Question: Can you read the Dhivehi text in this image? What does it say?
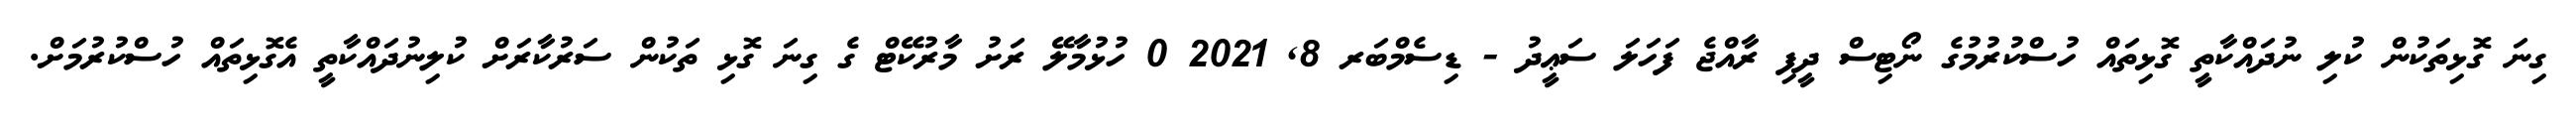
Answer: ގިނަ ގޮޅިތަކުން ކުލި ނުދައްކާތީ ގޮޅިތައް ހުސްކުރުމުގެ ނޯޓިސް ދީފި ރާއްޖެ ފަހަލަ ސަޢީދު - ޑިސެމްބަރ 8, 2021 0 ހުޅުމާލޭ ރަށު މާރުކޭޓް ގެ ގިނަ ގޮޅި ތަކުން ސަރުކާރަށް ކުލިނުދައްކާތީ އެގޮޅިތައް ހުސްކުރުމަށް.